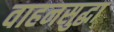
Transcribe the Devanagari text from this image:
वाहनसुद्धा